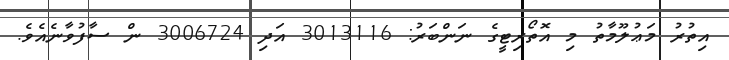
އިތުރު މަޢުލޫމާތު މި އޮތޯރިޓީގެ ނަންބަރު: 3013116 އަދި 3006724 ން ސާފުވާނެއެވެ.